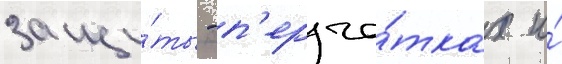
защи́ты - п'ерча́тках и́